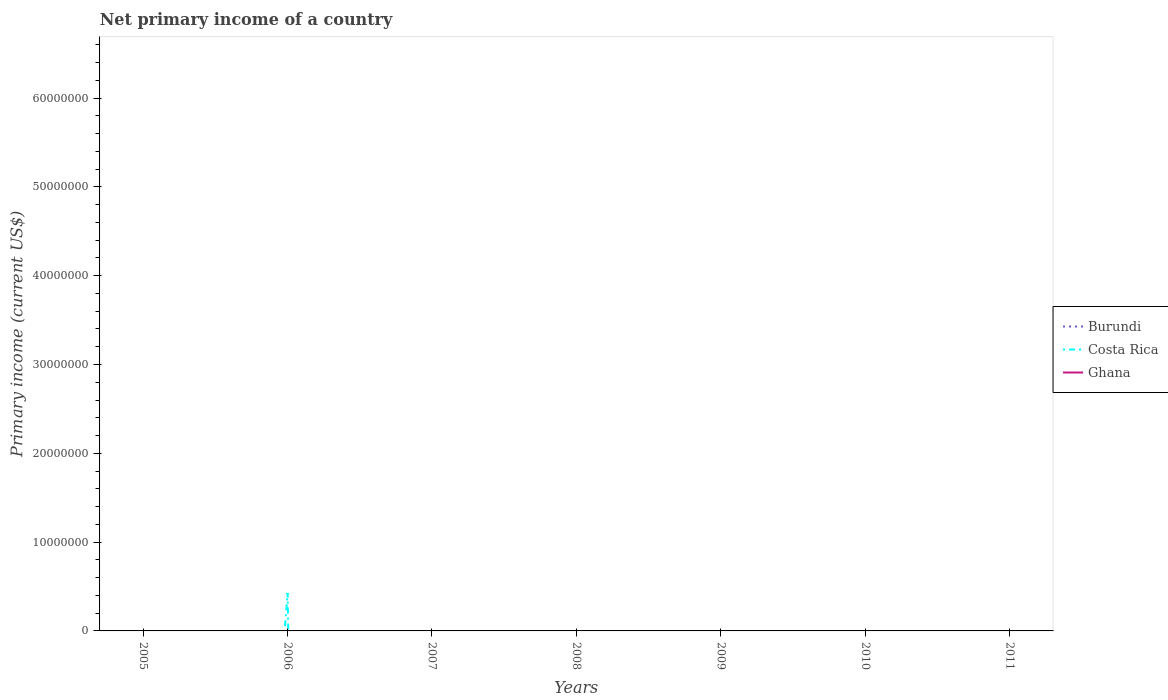
| Years | Burundi | Costa Rica | Ghana |
 | --- | --- | --- | --- |
 | 2005 | -1.78e+07 | -2.09e+08 | -1.87e+08 |
 | 2006 | -8.82e+06 | 4.28e+06 | -1.27e+08 |
 | 2007 | -5.89e+06 | -8.65e+08 | -3.61e+08 |
 | 2008 | -4.3e+06 | -4.17e+08 | -4.3e+07 |
 | 2009 | -1.7e+07 | -8.66e+08 | -5.95e+08 |
 | 2010 | -1.09e+07 | -9.42e+08 | -5.82e+08 |
 | 2011 | -1.75e+07 | -1.02e+09 | -1.25e+09 |